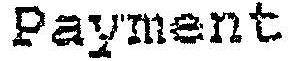
PAYMENT